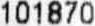
101870